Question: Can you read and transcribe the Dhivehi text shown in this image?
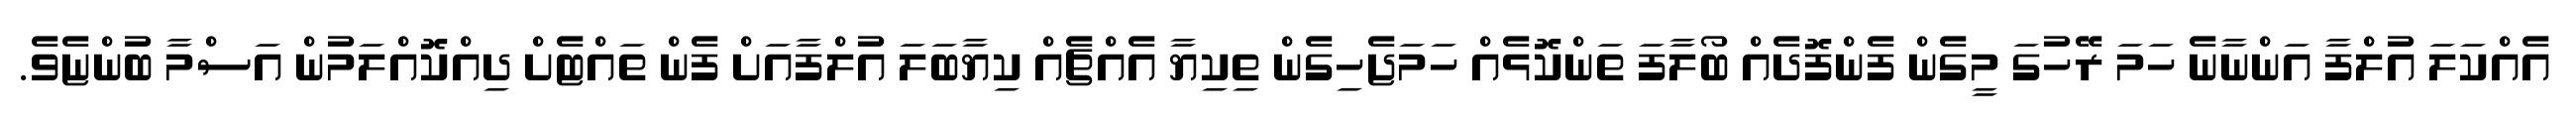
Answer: އެއްކަލަ އުލްފާ އަންނާނެ ހަމަ ރޭހުގަ މީގެން ފެންފޮދެއް ބޯލާފަ ތަންކޮޅެއް ހަމަޖެހިގެން ތިކިޔާ އެއްޗެއް ކިޔާބަލަ އުލްފާއަށް ފެން ތައްޓެށް ދިއްކޮއްލަމުން އަސްމާ ބުންޏެވެ.